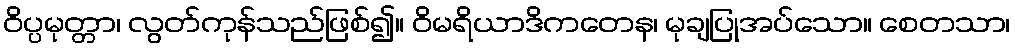
ဝိပ္ပမုတ္တာ၊ လွတ်ကုန်သည်ဖြစ်၍။ ဝိမရိယာဒိကတေန၊ မုချပြုအပ်သော။ စေတသာ၊